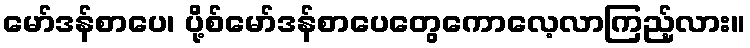
မော်ဒန်စာပေ၊ ပို့စ်မော်ဒန်စာပေတွေကောလေ့လာကြည့်လား။